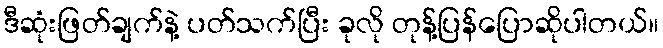
ဒီဆုံးဖြတ်ချက်နဲ့ ပတ်သက်ပြီး ခုလို တုန့်ပြန်ပြောဆိုပါတယ်။